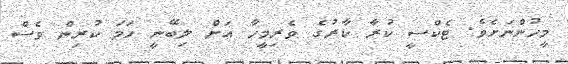
މީހުންނަށެވެ. ޓެކްސީ ކުރާ ކާރުގެ ވެރިމީހާ އަށް ލިބޭނީ ހަމަ ކުރިން ވެސް